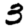
Digit: 3